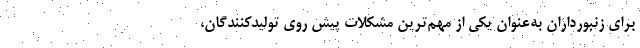
برای زنبورداران به‌عنوان یکی از مهم‌ترین مشکلات پیش روی تولیدکنندگان،